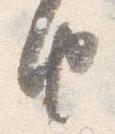
由